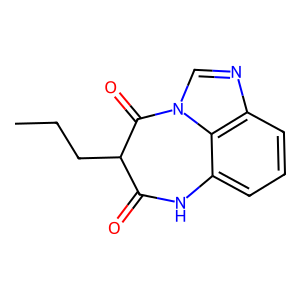
SMILES: CCCC1C(=O)Nc2cccc3ncn(c23)C1=O
Inhibits HIV replication: No